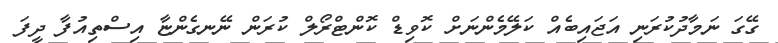
ގޭގަ ނަމާދުކުރަނި އަޖައިބެއް ކަލޭމެންނަށް ކޮވިޑް ކޮންޓްރޯލް ކުރަން ނޭނގެންޏާ އިސްތިއުފާ ދީފަ